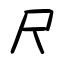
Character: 尺